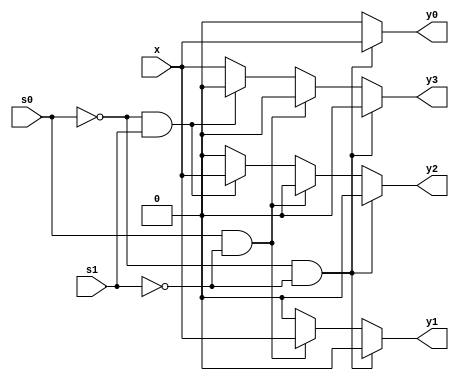
module DEMUX1_4_B (
    x,
    s0,
    s1,
    y0,
    y1,
    y2,
    y3
);
// 1:4 DEMUX written via behaviorial
// 
// Inputs:
//     x(bool): input feed
//     s0(bool): channel select 0
//     s1(bool): channel select 1
// 
// Outputs:
//     y0(bool): ouput channel 0
//     y1(bool): ouput channel 1
//     y2(bool): ouput channel 2
//     y3(bool): ouput channel 3

input x;
input s0;
input s1;
output y0;
reg y0;
output y1;
reg y1;
output y2;
reg y2;
output y3;
reg y3;




always @(x, s1, s0) begin: DEMUX1_4_B_LOGIC
    if (((s0 == 0) && (s1 == 0))) begin
        y0 = x;
        y1 = 0;
        y2 = 0;
        y3 = 0;
    end
    else if (((s0 == 1) && (s1 == 0))) begin
        y0 = 0;
        y1 = x;
        y2 = 0;
        y3 = 0;
    end
    else if (((s0 == 0) && (s1 == 1))) begin
        y0 = 0;
        y1 = 0;
        y2 = x;
        y3 = 0;
    end
    else begin
        y0 = 0;
        y1 = 0;
        y2 = 0;
        y3 = x;
    end
end

endmodule